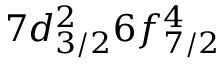
7 d _ { 3 / 2 } ^ { 2 } 6 f _ { 7 / 2 } ^ { 4 }